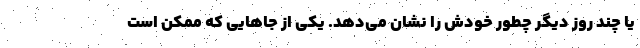
یا چند روز دیگر چطور خودش را نشان می‌دهد. یکی از جاهایی که ممکن است